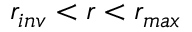
r _ { i n v } < r < r _ { m a x }